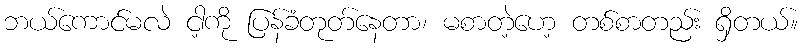
ဘယ်ကောင်မလဲ ငါ့ကို ပြန်ခံတုတ်နေတာ၊ မစာတဲ့ဟေ့ တစ်စာတည်း ရှိတယ်။